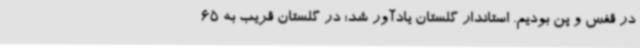
در قفس و پن بودیم. استاندار گلستان یادآور شد: در گلستان قریب به 65